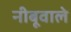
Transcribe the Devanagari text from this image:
नीबूवाले